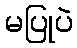
မပြုပဲ